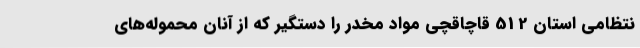
نتظامی استان 512 قاچاقچی مواد مخدر را دستگیر که از آنان محموله‌های